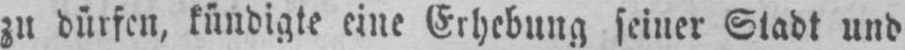
zu dürfen, kündigte eine Erhebung seiner Stadt und